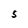
Character: S